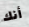
أنك